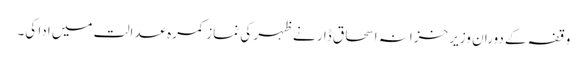
وقفہ کے دوران وزیر خزانہ اسحاق ڈا ر نے ظہر کی نماز کمرہ عدالت میں ادا کی۔